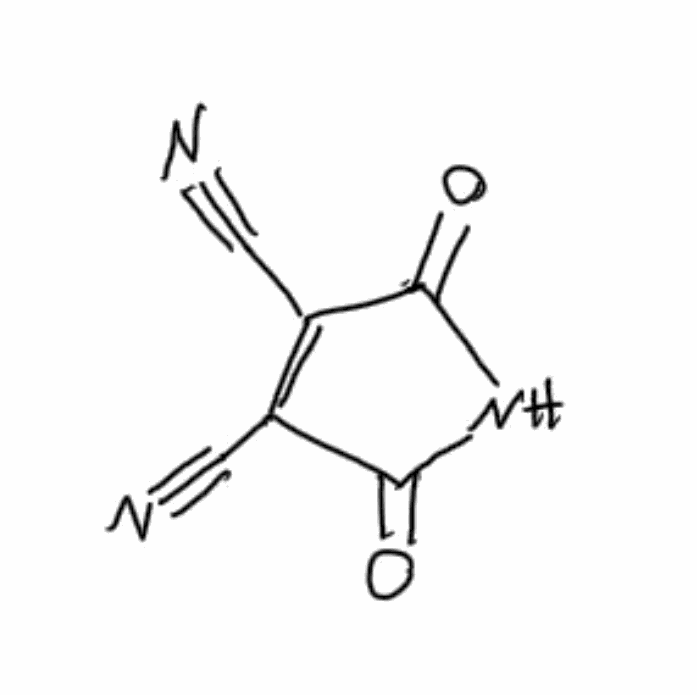
Simplified molecular-input line-entry system (SMILES) notation of the given molecule:
C(#N)C1=C(C(=O)NC1=O)C#N